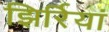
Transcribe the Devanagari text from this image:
झिर्रियां